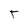
Character: T